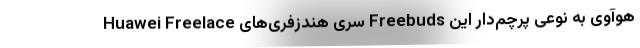
Huawei Freelace سری هندزفری‌های Freebuds هوآوی به نوعی پرچم‌دار این